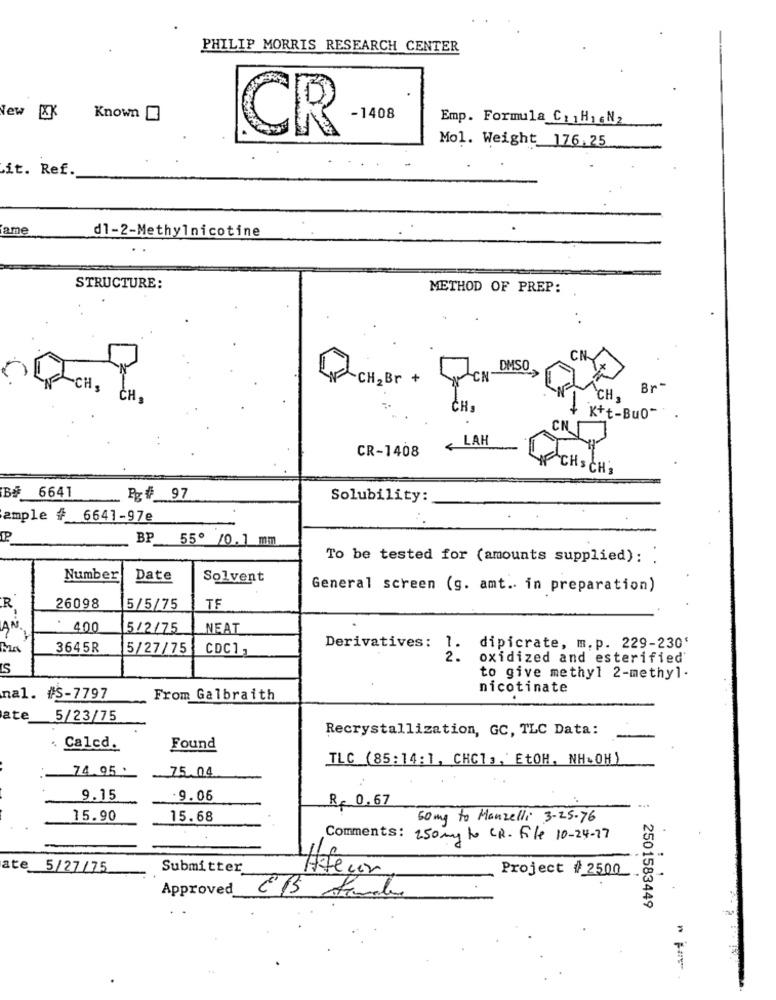
PHILIP MORRIS RESEARCH CENTER
New XK
Known
- 1408
Emp. Formula Ci1HicN2
CR
Mol. Weight 176.25
it. Ref.
ame
d1-2-Methylnicotine
STRUCTURE:
METHOD OF PREP:
DMSO
CH2Br +
LCN
CH.
Br
CH.
CH.
CH,
K+t-Bu0""
LAH
CR-1408
FCHSCH3
B# 6641
Pg# 97
Solubility:
ample # 6641-97e
BP 55º /0.1 mm
To be tested for (amounts supplied):
Number
Date
Solvent
General screen (g. amt .. in preparation)
R
26098
5/5/75
TF
AN
400
5/2/75
NEAT
3645R
5/27/75
CDC1 ,
Derivatives: 1.
dipicrate, m.p. 229-230'
2.
oxidized and esterified
IS
to give methyl 2-methyl.
nicotinate
nal. #S-7797
From Galbraith
ate
5/23/75
Recrystallization, GC, TLC Data:
Calcd.
Found
TLC (85:14:1, CHCI ,, ' EtOH, NH.OH)
74.95 .
75.04
9.15
.9.06
R. 0.67
15.90
15.68
50 mg to Manzelli 3- 25-76
Comments: 250 mg to CR. File 10-24-27
.
ate
5/27/75
Submitter
Affecon
Project #2500
Approved
2501583449